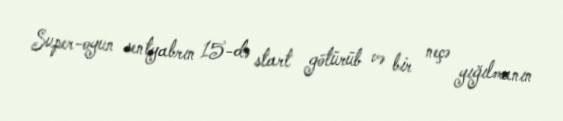
Super-oyun sentyabrın 15-də start götürüb və bir neçə yığılmanın